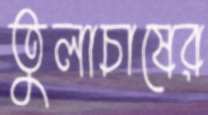
তুলাচাষের